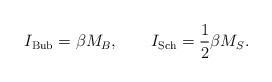
LaTeX: \begin{align*}I_{\rm Bub}= \beta M_B,\qquad I_{\rm Sch}={1\over 2}\beta M_S.\end{align*}